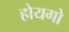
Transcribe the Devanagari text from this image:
होयगो